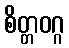
စိတ္တဝဂ္ဂ